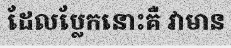
ដែលប្លែកនោះគឺ វាមាន